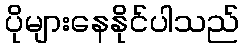
ပိုများနေနိုင်ပါသည်